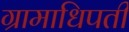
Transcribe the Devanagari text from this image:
ग्रामाधिपती